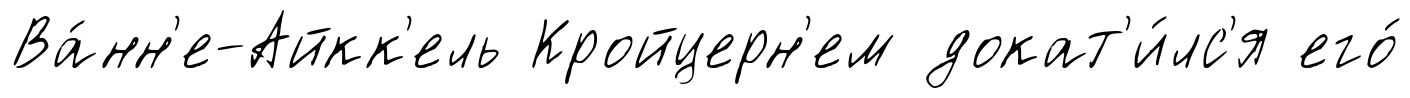
Ва́нн'е-Айкк'ель Кройцерн'ем докат'и́лс'я его́